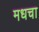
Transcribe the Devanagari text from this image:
मधचा